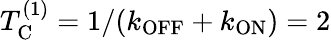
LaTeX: T_{\mathrm{C}}^{(1)}=1/(k_{\mathrm{OFF}}+k_{\mathrm{ON}})=2